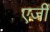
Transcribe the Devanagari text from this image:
एर्ज़ीं